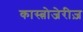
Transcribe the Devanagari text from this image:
कास्त्रोजेरीज़